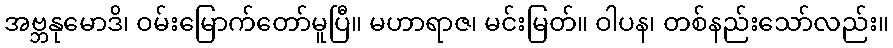
အဗ္ဘနုမောဒိ၊ ဝမ်းမြောက်တော်မူပြီ။ မဟာရာဇ၊ မင်းမြတ်။ ဝါပန၊ တစ်နည်းသော်လည်း။